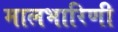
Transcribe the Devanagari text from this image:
मालभारिणी